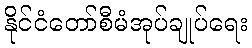
နိုင်ငံတော်စီမံအုပ်ချုပ်ရေး